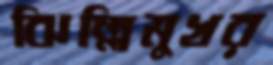
ঝিল্লিমুখর